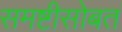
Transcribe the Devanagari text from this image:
समष्टीसोबत